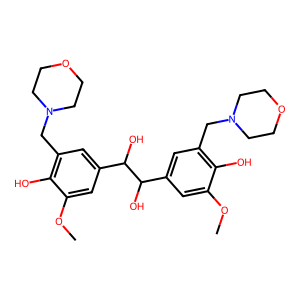
SMILES: COc1cc(C(O)C(O)c2cc(CN3CCOCC3)c(O)c(OC)c2)cc(CN2CCOCC2)c1O
Inhibits HIV replication: No